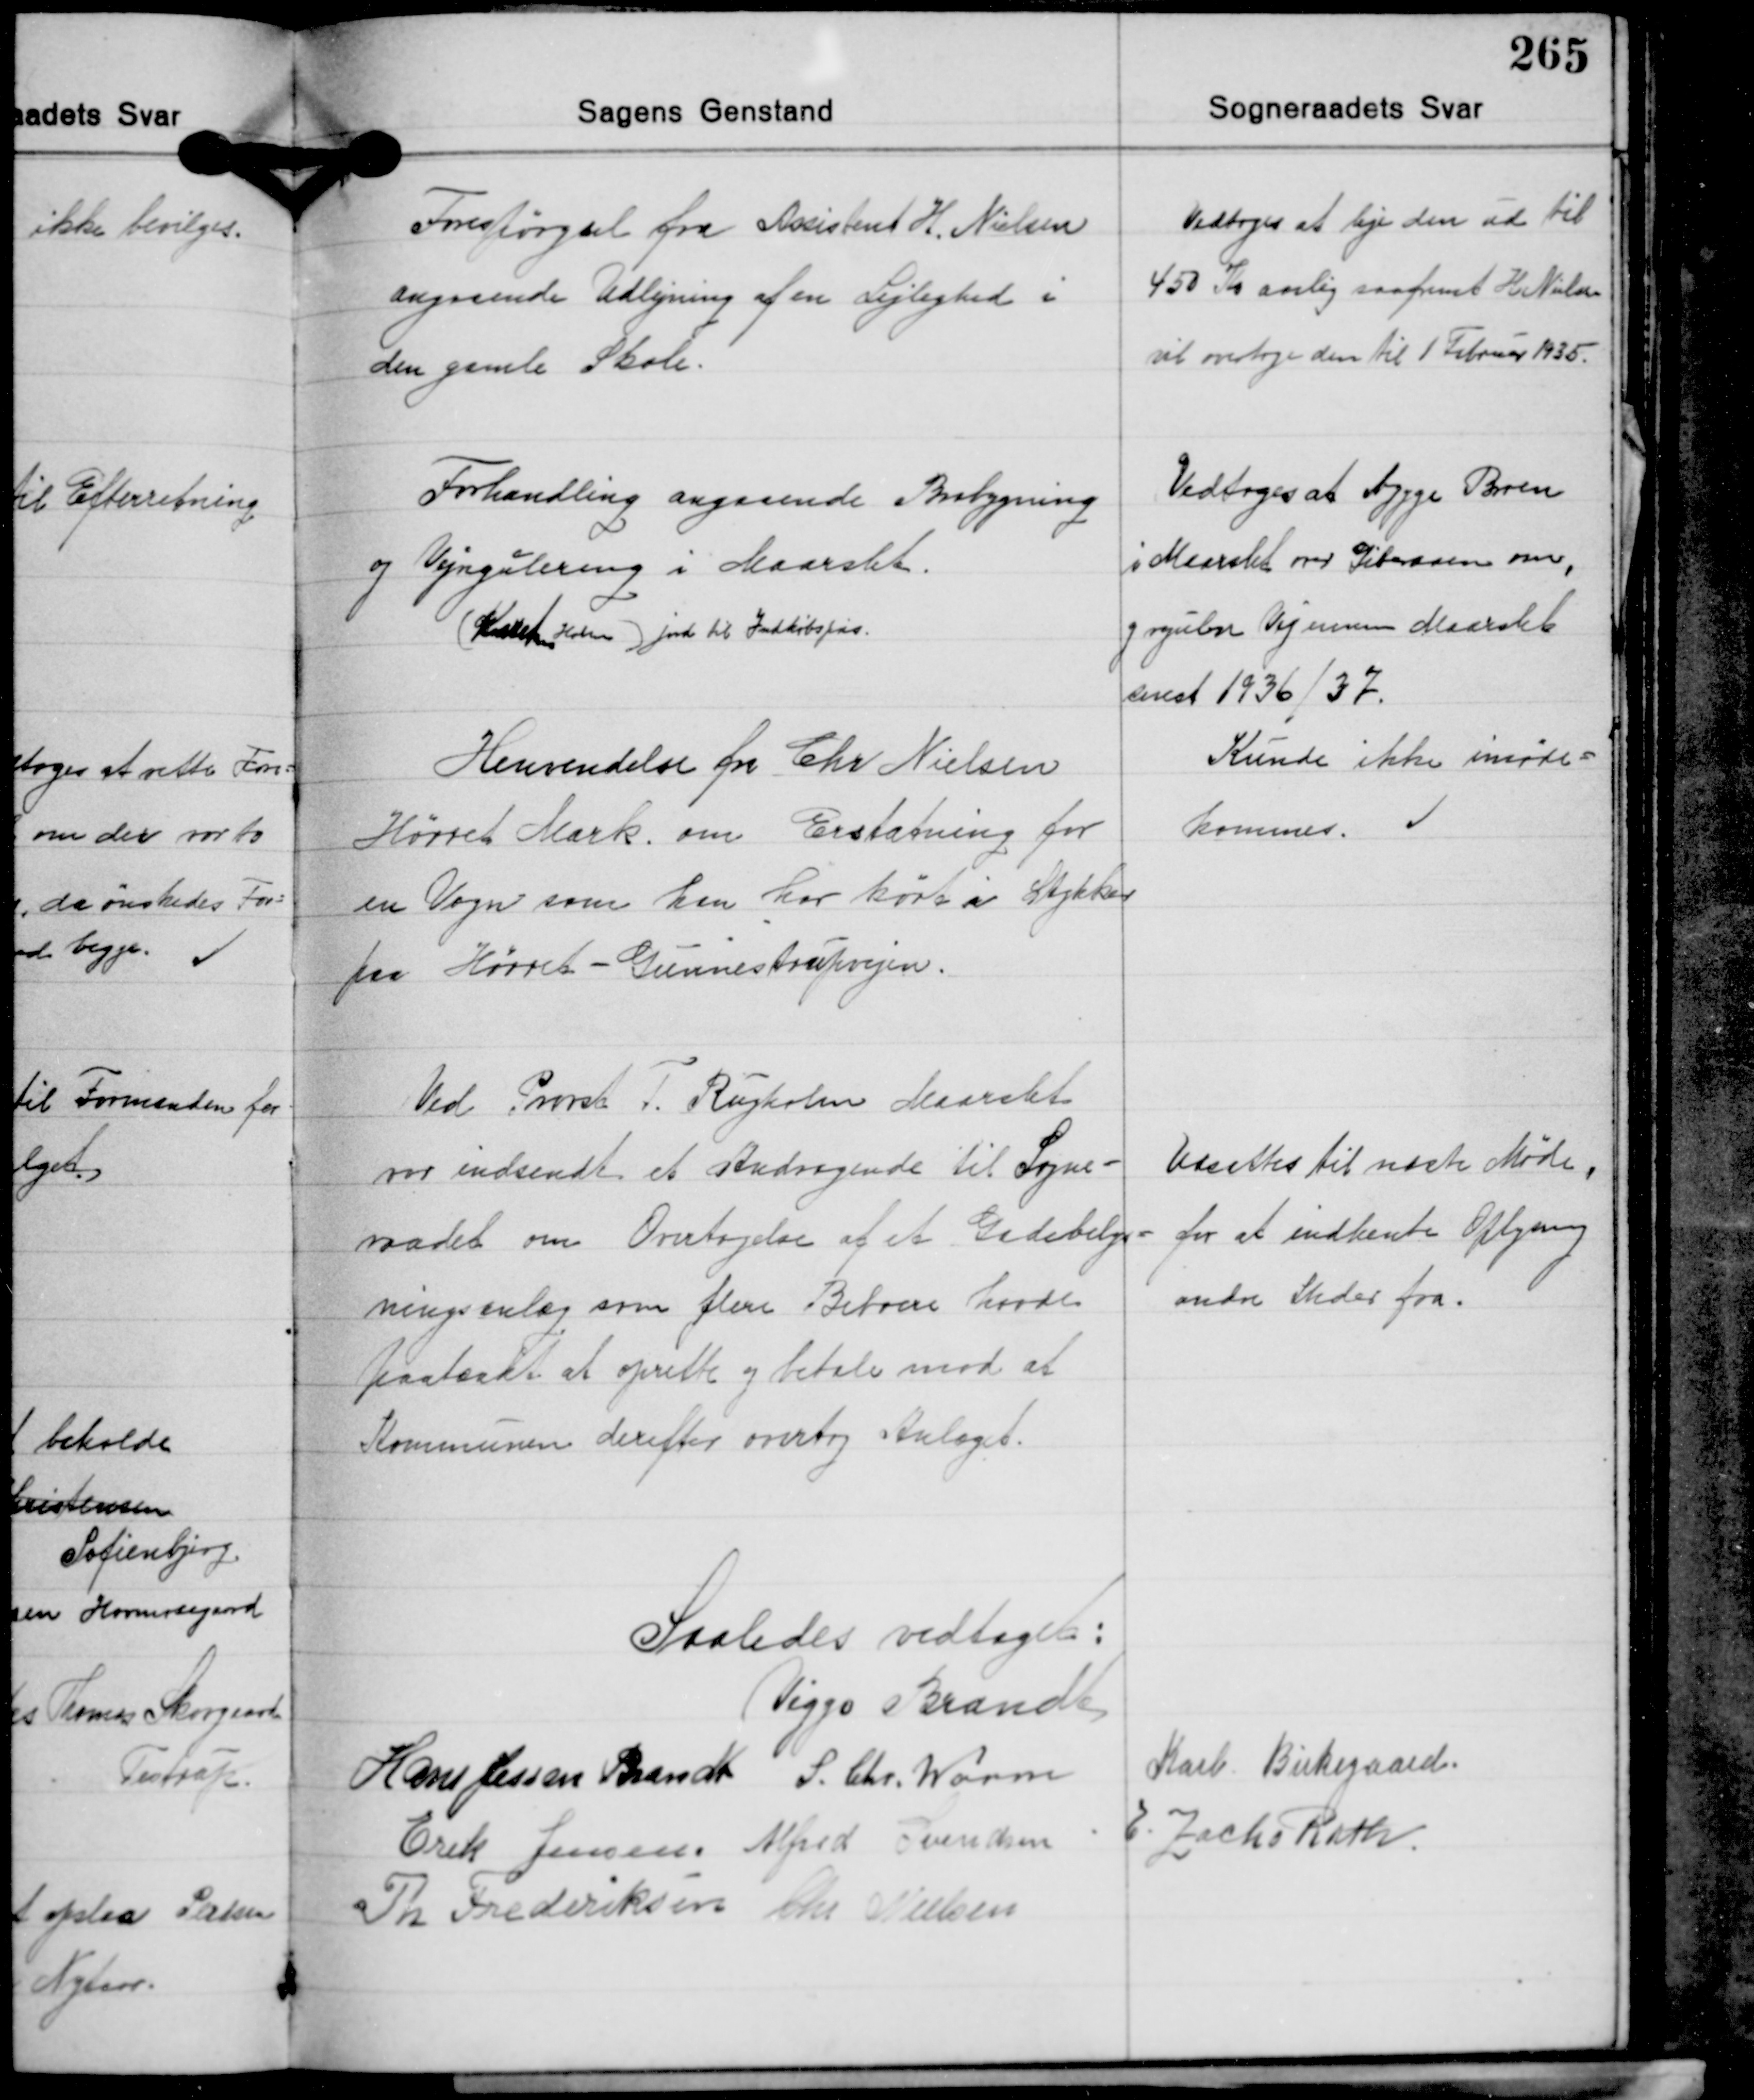
Transskription:
Forespørgsel fra Assistent H. Nielsen
angaaende Udlejning af en Lejlighed i
den gamle Skole.

Vedtoges at leje den ud til
450 Kr. aarlig saafremt H. Nielsen
vil overtage den til 1 Februar 1935.

Vedtoges at bygge Broen
i Maarslet over Giberaaen om,
og regulere Vej ennem Maarslet
senest 1936/37.

Forhandling angaaende Brobygning
og Vejregulering i Maarslet.
(Karsten Holm) Jord til Indkøbspris.

Henvendelse fra Chr. Nielsen
Hørret Mark om Erstatning for
en Vogn som han har kørt i Stykker
paa Hørret - Gunnestrupvejen.

Kunde ikke imøde-
kommes.

Ved Provst T. Rugholm Maarslet
var indsendt et Andragende til Sogne-
raadet om Overtagelse af et Gadebelys-
ningsanlæg som flere Beboere havde
paatænkt at oprette og betale mod at
Kommunen derefter overtog Anlæget.

Udsattes til næste Møde,
for at indhente Oplysning
andre Steder fra.

Saaledes vedtaget:
Viggo Brandt
Hans Jessen Brandt S. Chr. Worm Karl Birkegaard
Erik Jensen Alfred Svendsen E. Zacho Rath
Th. Frederiksen Chr. Nielsen